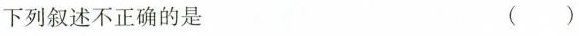
下列叙述不正确的是 ( )